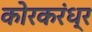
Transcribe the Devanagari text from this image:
कोरकरंध्र